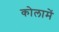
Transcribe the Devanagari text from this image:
कोलामें